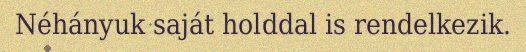
Néhányuk saját holddal is rendelkezik.